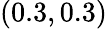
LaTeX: (0.3,0.3)